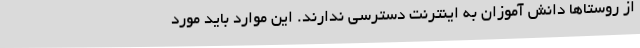
از روستاها دانش آموزان به اینترنت دسترسی ندارند. این موارد باید مورد